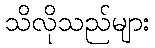
သိလိုသည်များ